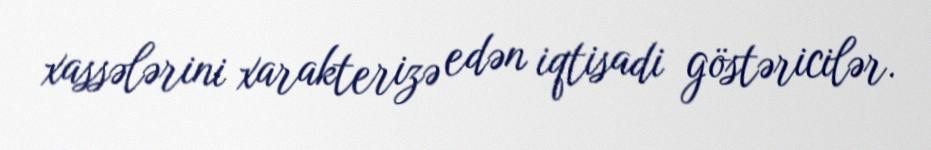
xassələrini xarakterizə edən iqtisadi göstəricilər.